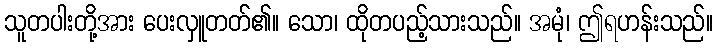
သူတပါးတို့အား ပေးလှူတတ်၏။ သော၊ ထိုတပည့်သားသည်။ အမုံ၊ ဤရဟန်းသည်။